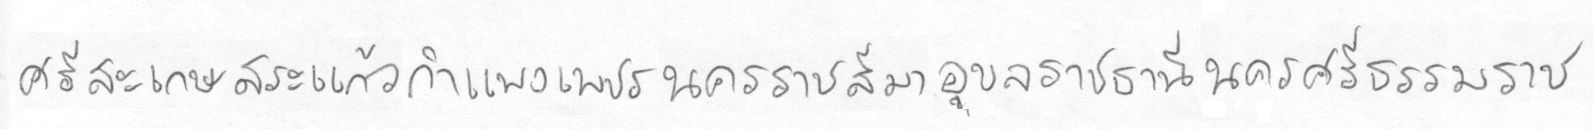
ศรีสะเกษสระแก้วกำแพงเพชรนครราชสีมาอุลราชธานีนครศรีธรรมราช